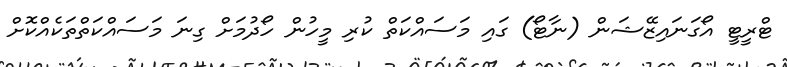
ޓްރީޓީ އޯގަނައިޒޭޝަން (ނާޓޯ) ގައި މަސައްކަތް ކުރި މީހުން ހޯދުމަށް ގިނަ މަސައްކަތްތަކެއްކޮށް